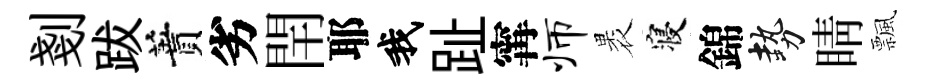
剗跋蕡劣閈耶我趾𡩋师褁寝錦勢睛飄